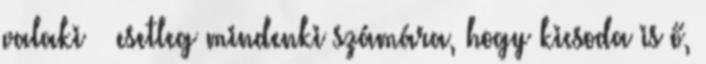
valaki – esetleg mindenki számára, hogy kicsoda is ő,